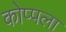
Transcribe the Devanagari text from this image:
कोप्पला